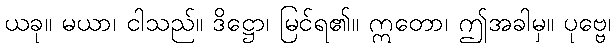
ယခု။ မယာ၊ ငါသည်။ ဒိဋ္ဌော၊ မြင်ရ၏။ ဣတော၊ ဤအခါမှ။ ပုဗ္ဗေ၊